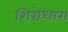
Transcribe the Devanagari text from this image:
शिरोधारा